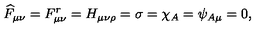
\widehat { F } _ { \mu \nu } = F _ { \mu \nu } ^ { r } = H _ { \mu \nu \rho } = \sigma = \chi _ { A } = \psi _ { A \mu } = 0 ,